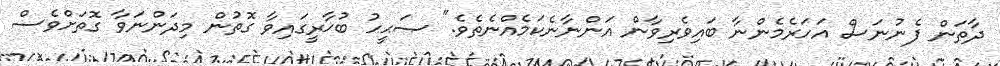
ދާތަން ފެނުނަސް އަހަރެމެންނާ ބައިވެރިވާން އަންނާނެކަމެއްނެތެވެ." ޞަޙީޙު ބުޚާރީގައިވާ ގޮތުން މިދަންނަވާ ގޮތަށްވެސް